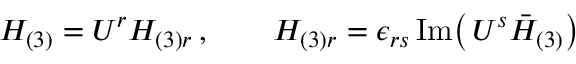
{ \cal H } _ { ( 3 ) } = { \cal U } ^ { r } H _ { ( 3 ) r } \, , \qquad H _ { ( 3 ) r } = \epsilon _ { r s } \, \mathrm { I m } \big ( \, { \cal U } ^ { s } \bar { { \cal H } } _ { ( 3 ) } \big )